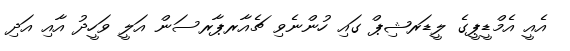
އެއީ އެމްޑީޕީގެ ލީޑަރޝިޕް ގައި ހުންނެވި ޗެއާރޕާރސަން އަލީ ވަހީދު އާއި އަދި